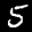
Label: 5